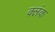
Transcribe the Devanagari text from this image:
क्लंक